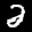
Label: 2